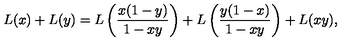
L ( x ) + L ( y ) = L \left( \frac { x ( 1 - y ) } { 1 - x y } \right) + L \left( \frac { y ( 1 - x ) } { 1 - x y } \right) + L ( x y ) ,